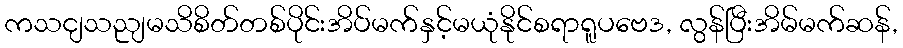
ကသငျသညျမသိစိတ်တစ်ပိုင်းအိပ်မက်နှင့်မယုံနိုင်စရာရူပဗေဒ, လွန်ပြီးအိမ်မက်ဆန်,